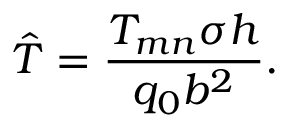
\hat { T } = \frac { T _ { m n } \sigma h } { q _ { 0 } b ^ { 2 } } .